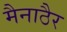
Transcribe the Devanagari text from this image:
मैनाठैर